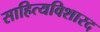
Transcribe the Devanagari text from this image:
साहित्यविशारद